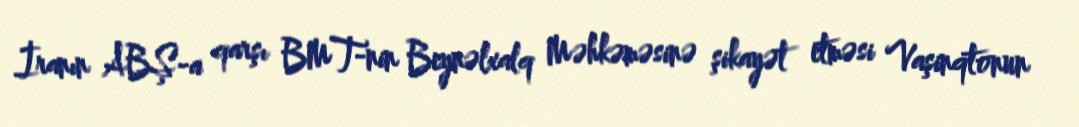
İranın ABŞ-a qarşı BMT-nin Beynəlxalq Məhkəməsinə şikayət etməsi Vaşinqtonun